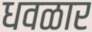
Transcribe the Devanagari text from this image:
धवळार